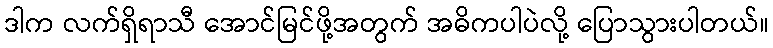
ဒါက လက်ရှိရာသီ အောင်မြင်ဖို့အတွက် အဓိကပါပဲလို့ ပြောသွားပါတယ်။